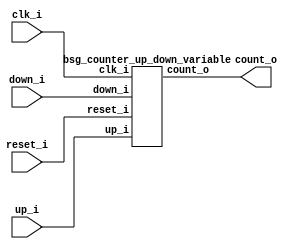


module top
(
  clk_i,
  reset_i,
  up_i,
  down_i,
  count_o
);

  input [0:0] up_i;
  input [0:0] down_i;
  output [9:0] count_o;
  input clk_i;
  input reset_i;

  bsg_counter_up_down_variable
  wrapper
  (
    .up_i(up_i),
    .down_i(down_i),
    .count_o(count_o),
    .clk_i(clk_i),
    .reset_i(reset_i)
  );


endmodule



module bsg_counter_up_down_variable
(
  clk_i,
  reset_i,
  up_i,
  down_i,
  count_o
);

  input [0:0] up_i;
  input [0:0] down_i;
  output [9:0] count_o;
  input clk_i;
  input reset_i;
  wire [9:0] count_o;
  wire N0,N1,N2,N3,N4,N5,N6,N7,N8,N9,N10,N11,N12,N13,N14,N15,N16,N17,N18,N19,N20;
  reg count_o_9_sv2v_reg,count_o_8_sv2v_reg,count_o_7_sv2v_reg,count_o_6_sv2v_reg,
  count_o_5_sv2v_reg,count_o_4_sv2v_reg,count_o_3_sv2v_reg,count_o_2_sv2v_reg,
  count_o_1_sv2v_reg,count_o_0_sv2v_reg;
  assign count_o[9] = count_o_9_sv2v_reg;
  assign count_o[8] = count_o_8_sv2v_reg;
  assign count_o[7] = count_o_7_sv2v_reg;
  assign count_o[6] = count_o_6_sv2v_reg;
  assign count_o[5] = count_o_5_sv2v_reg;
  assign count_o[4] = count_o_4_sv2v_reg;
  assign count_o[3] = count_o_3_sv2v_reg;
  assign count_o[2] = count_o_2_sv2v_reg;
  assign count_o[1] = count_o_1_sv2v_reg;
  assign count_o[0] = count_o_0_sv2v_reg;
  assign { N10, N9, N8, N7, N6, N5, N4, N3, N2, N1 } = count_o - down_i[0];
  assign { N20, N19, N18, N17, N16, N15, N14, N13, N12, N11 } = { N10, N9, N8, N7, N6, N5, N4, N3, N2, N1 } + up_i[0];
  assign N0 = ~reset_i;

  always @(posedge clk_i) begin
    if(reset_i) begin
      count_o_9_sv2v_reg <= 1'b0;
      count_o_8_sv2v_reg <= 1'b0;
      count_o_7_sv2v_reg <= 1'b0;
      count_o_6_sv2v_reg <= 1'b0;
      count_o_5_sv2v_reg <= 1'b0;
      count_o_4_sv2v_reg <= 1'b0;
      count_o_3_sv2v_reg <= 1'b0;
      count_o_2_sv2v_reg <= 1'b0;
      count_o_1_sv2v_reg <= 1'b0;
      count_o_0_sv2v_reg <= 1'b0;
    end else if(1'b1) begin
      count_o_9_sv2v_reg <= N20;
      count_o_8_sv2v_reg <= N19;
      count_o_7_sv2v_reg <= N18;
      count_o_6_sv2v_reg <= N17;
      count_o_5_sv2v_reg <= N16;
      count_o_4_sv2v_reg <= N15;
      count_o_3_sv2v_reg <= N14;
      count_o_2_sv2v_reg <= N13;
      count_o_1_sv2v_reg <= N12;
      count_o_0_sv2v_reg <= N11;
    end 
  end


endmodule